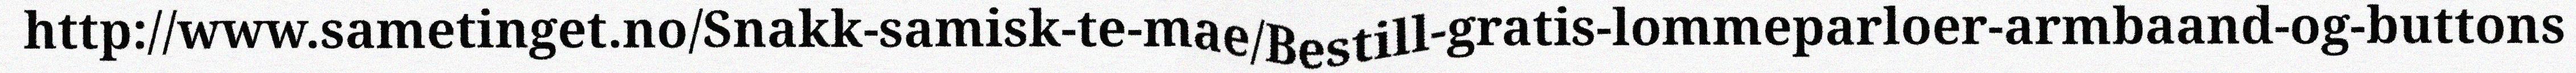
http://www.sametinget.no/Snakk-samisk-te-mae/Bestill-gratis-lommeparloer-armbaand-og-buttons